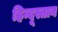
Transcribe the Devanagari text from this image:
हिन्दूस्तान